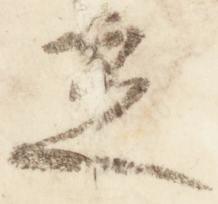
立